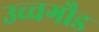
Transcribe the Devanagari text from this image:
उच्चगौड